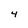
Character: 4